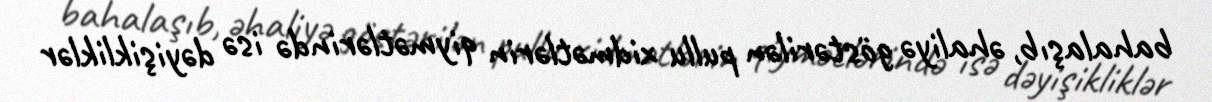
bahalaşıb, əhaliyə göstərilən pullu xidmətlərin qiymətlərində isə dəyişikliklər